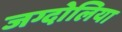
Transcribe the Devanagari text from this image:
जग्दोलिया